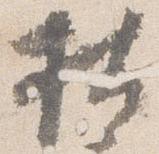
按